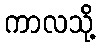
ကာလသို့